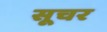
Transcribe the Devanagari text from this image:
सूचर